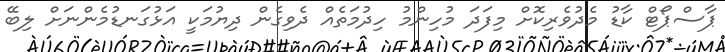
ޕާސްޕޯޓް ކާޑު މެދުވެރިކޮށް މިފަދަ މުހިންމު ހިދުމަތެއް ދެވިގެން ދިޔުމަކީ އަޅުގަނޑުމެންނަށް ލިބޭ